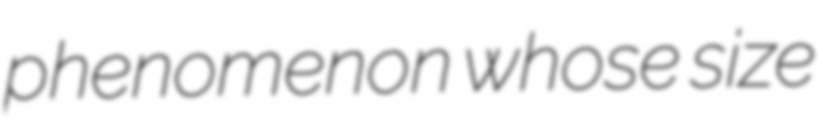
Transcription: phenomenon whose size